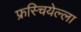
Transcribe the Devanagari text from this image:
फ्रस्चियेल्ला